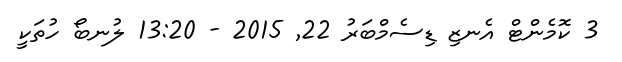
3 ކޮމެންޓް އެނޒި ޑިސެމްބަރު 22